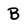
Character: B